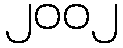
၂၀၀၂